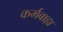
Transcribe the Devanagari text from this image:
कर्मबाह्य